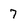
Character: 7